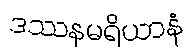
ဒဿနမရိယာနံ